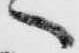
へ